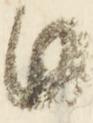
日